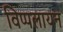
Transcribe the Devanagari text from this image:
विप्पलायन